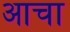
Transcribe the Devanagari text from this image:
आचा